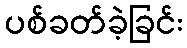
ပစ်ခတ်ခဲ့ခြင်း